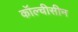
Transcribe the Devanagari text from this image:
कॉल्चीसीन